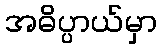
အဓိပ္ပာယ်မှာ